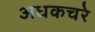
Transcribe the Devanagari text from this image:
अधकचरे